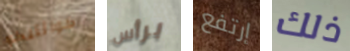
كوانتيكو برأس إرتفع ذلك